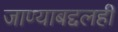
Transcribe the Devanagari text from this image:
जाण्याबद्दलही